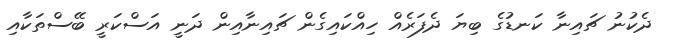
ދެކުނު ޗައިނާ ކަނޑުގެ ބިޔަ ދެފަރެއް ހިއްކައިގެން ޗައިނާއިން ދަނީ އަސްކަރީ ބޭސްތަކާއި